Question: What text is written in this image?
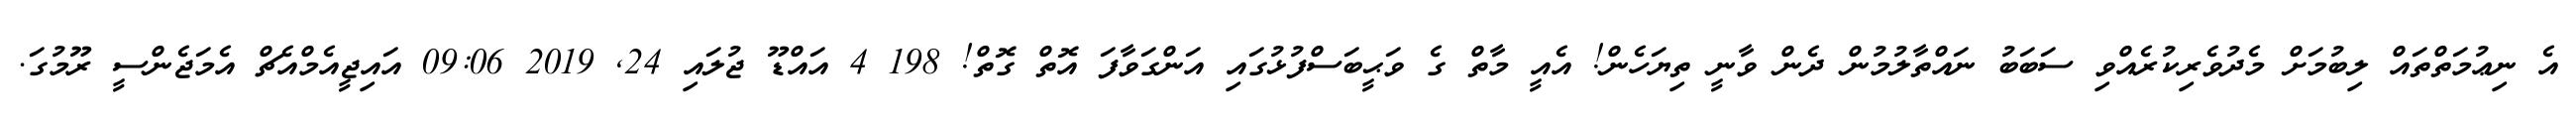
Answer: އެ ނިޢުމަތްތައް ލިބުމަށް މެދުވެރިކުރެއްވި ސަބަބު ނައްތާލުމުން ދެން ވާނީ ތިޔަހެން! އެއީ މާތް ގެ ވަޙީބަސްފުޅުގައި އަންގަވާފަ އޮތް ގޮތް! 198 4 އައްޑޫ ޖުލައި 24, 2019 09:06 އައިޖީއެމްއެޗް އެމަޖެންސީ ރޫމުގަ.